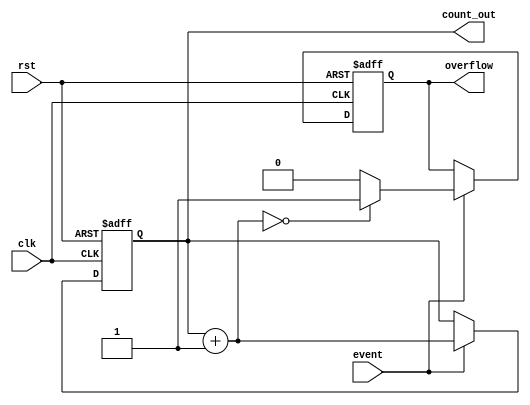
module Event_Counter (
    input wire clk,          // Clock signal
    input wire rst,          // Asynchronous reset signal
    input wire event,        // Event signal for counting
    output reg [7:0] count_out, // 8-bit output count
    output reg overflow      // Overflow indicator
);

// Internal variable to hold next count value
reg [7:0] next_count;

// Synchronous counting process
always @(posedge clk or posedge rst) begin
    if (rst) begin
        count_out <= 8'b0; // Asynchronous reset to zero
        overflow <= 1'b0;   // Clear overflow indicator
    end else begin
        // Check if event occurred
        if (event) begin
            next_count = count_out + 1;
            // Check for overflow
            if (next_count == 8'h00) begin
                overflow <= 1'b1; // Set overflow flag when count wraps
            end else begin
                overflow <= 1'b0; // Clear overflow flag
            end
            count_out <= next_count; // Increment the count
        end
    end
end

endmodule